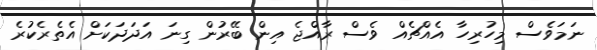
ނަމަވެސް މިހުރިހާ އެއްޗެއް ވެސް ރާއްޖެ އިން ބޭރުން ގިނަ އަދަދަކަށް އެތެރެކުރެ